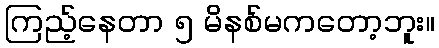
ကြည့်နေတာ ၅ မိနစ်မကတော့ဘူး။